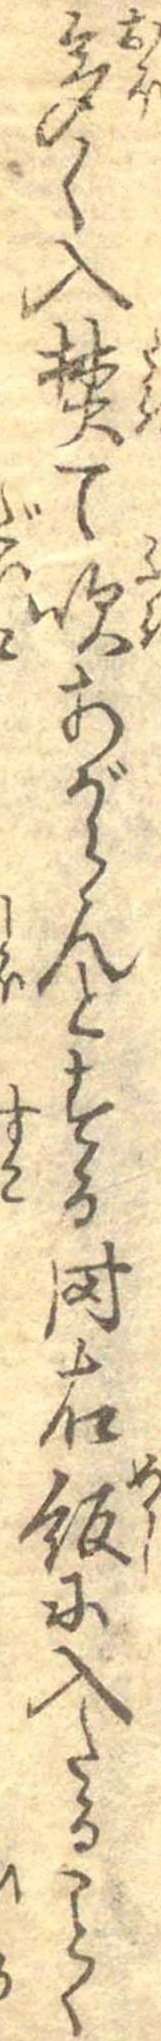
多く入焚て吹あがらんとする時右飯に入たることく